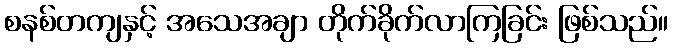
စနစ်တကျနှင့် အသေအချာ တိုက်ခိုက်လာကြခြင်း ဖြစ်သည်။